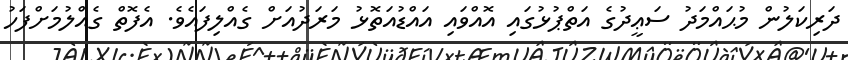
ދަރިކަލުން މުޙައްމަދު ސަޢީދުގެ އަތްޕުޅުގައި އޮއްވައި އައްޑުއަތޮޅު މަރަދުއަށް ގެއްލިފައެވެ. އެފޮތް ގެއްލުމަށްފަހު